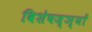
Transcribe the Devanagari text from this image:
विशेषज्ञ्यों